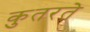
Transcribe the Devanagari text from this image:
कुतरते